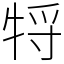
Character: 㸹